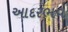
આદરભવ